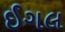
ઈગલ